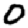
Digit: 0